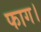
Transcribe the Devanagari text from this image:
फाग।